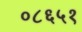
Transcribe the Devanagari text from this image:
०८६५१